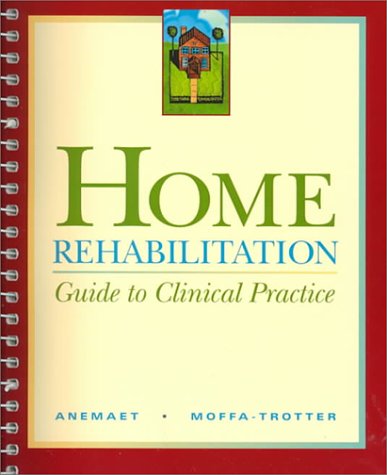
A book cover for Home Rehabilitation: Guide to Clinical Practice, 1e; Wendy K. Anemaet MS  PT  GCS  ATC; Medical Books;